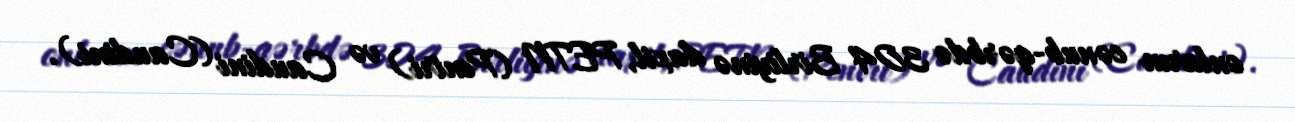
onların cənub-qərbdə 304 Birliyinə daxil, PETN (Pentri) və Caudini (Caudini).